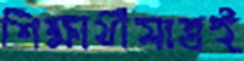
শিক্ষার্থীমাত্রই